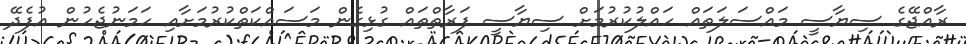
ރާއްޖޭގެ ސިޔާސީ މައްސަލަތައް ހައްލުކުރުމަށް ސިޔާސީ ފަރާތްތައް ގުޅިގެން މަސައްކަތްކުރުމަށާއި ހަމަނުޖެހުން އުފެދޭ